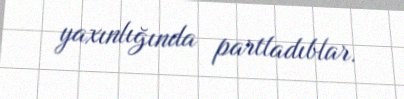
yaxınlığında partladıblar.